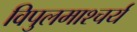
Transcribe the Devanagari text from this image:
विपुलमाश्चर्य